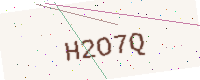
Text: H2O7Q